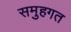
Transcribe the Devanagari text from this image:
समुहगत